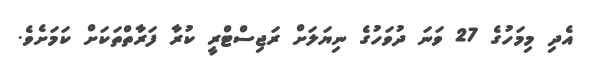
އެދި މިމަހުގެ 27 ވަނަ ދުވަހުގެ ނިޔަލަށް ރަޖިސްޓްރީ ކުރާ ފަރާތްތަކަށް ކަމަށެވެ.